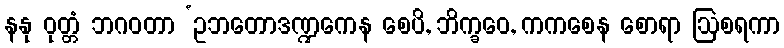
နနု ဝုတ္တံ ဘဂဝတာ ‘ဥဘတောဒဏ္ဍကေန စေပိ, ဘိက္ခဝေ, ကကစေန စောရာ ဩစရကာ